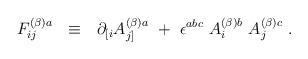
LaTeX: \begin{align*}F^{(\beta) a}_{ij}~~\equiv~~\partial_{[i} A_{j]}^{(\beta) a}~+~\epsilon^{abc} ~A_i^{(\beta) b}~A_j^{(\beta) c}~. \end{align*}